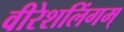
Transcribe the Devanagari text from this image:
वीरेशलिंगम्